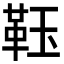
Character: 𩊇